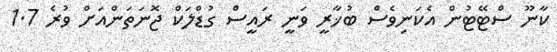
ކާނޫ ސްޓޭޓުން އެކަނިވެސް ބުޚާރީ ވަނީ ރައީސް ގުޑްލަކް ޖޮނަތަންއަށް ވުރެ 1.7